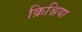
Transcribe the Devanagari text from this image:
क्रिश्निया